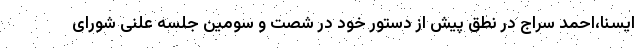
ایسنا،احمد سراج در نطق پیش از دستور خود در شصت و سومین جلسه علنی شورای